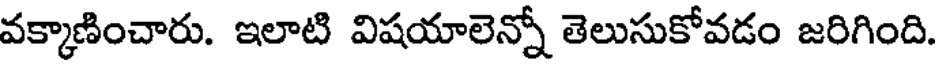
వక్కాణించారు. ఇలాటి విషయాలెన్నో తెలుసుకోవడం జరిగింది.